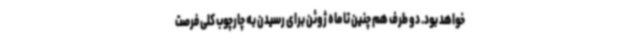
خواهد بود. دو طرف هم چنین تا ماه ژوئن برای رسیدن به چارچوب کلی فرصت